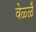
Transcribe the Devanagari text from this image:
वेळ्ळै